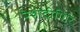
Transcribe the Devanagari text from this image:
रेशंदीगिरि